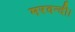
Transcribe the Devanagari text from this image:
मरवन्दी।